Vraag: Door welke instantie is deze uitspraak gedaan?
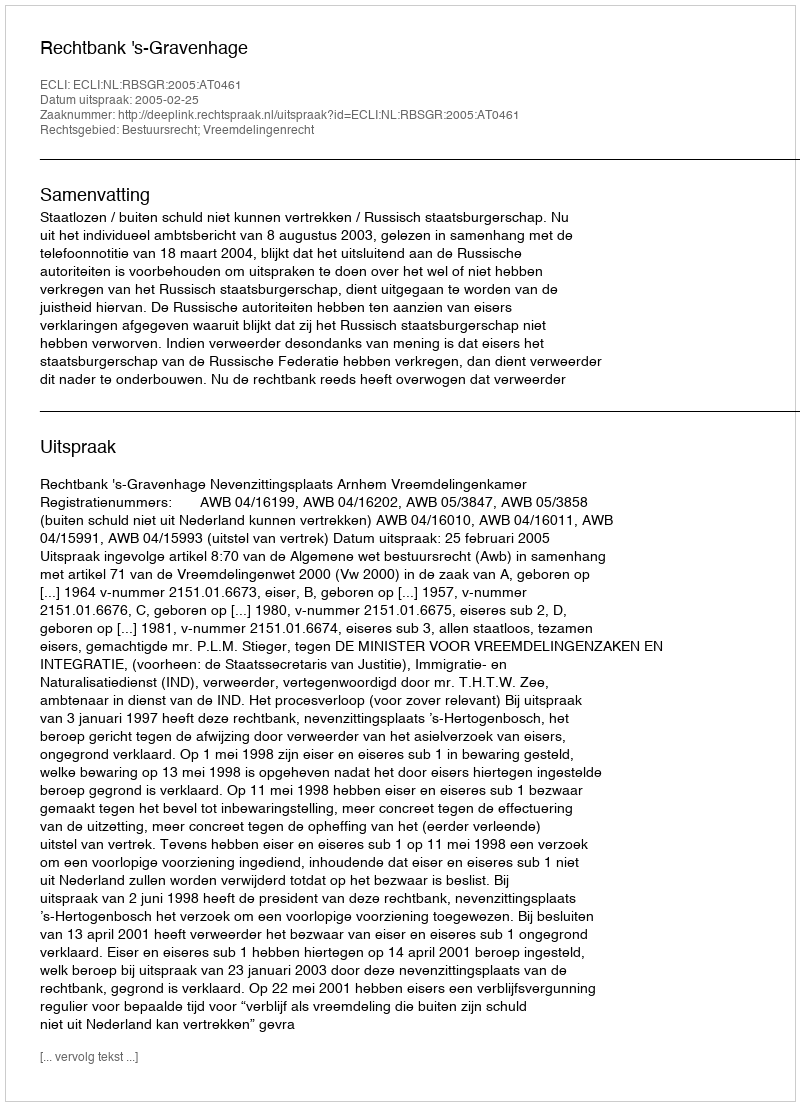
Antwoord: Rechtbank 's-Gravenhage